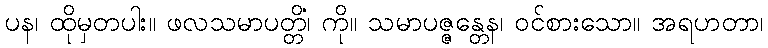
ပန၊ ထိုမှတပါး။ ဖလသမာပတ္တိံ၊ ကို။ သမာပဇ္ဇန္တေန၊ ဝင်စားသော။ အရဟတာ၊